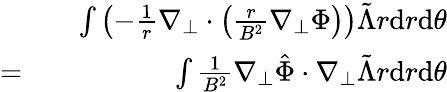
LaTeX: \begin{array}{rlr}&{}&{\int\left(-\frac{1}{r}\nabla_{\perp}\cdot\left(\frac{r}{B^{2}}\nabla_{\perp}\Phi\right)\right)\tilde{\Lambda}r\mathrm{d}r\mathrm{d}\theta}\\ {=}&{}&{\int\frac{1}{B^{2}}\nabla_{\perp}\hat{\Phi}\cdot\nabla_{\perp}\tilde{\Lambda}r\mathrm{d}r\mathrm{d}\theta}\end{array}